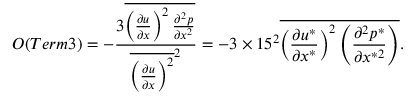
{ \cal O } ( T e r m 3 ) = - \frac { 3 \overline { { \left( \frac { \partial u } { \partial x } \right) ^ { 2 } \frac { \partial ^ { 2 } p } { \partial x ^ { 2 } } } } } { \overline { { \left( \frac { \partial u } { \partial x } \right) ^ { 2 } } } ^ { 2 } } = - 3 \times 1 5 ^ { 2 } \overline { { \left( \frac { \partial u ^ { * } } { \partial x ^ { * } } \right) ^ { 2 } \left( \frac { \partial ^ { 2 } p ^ { * } } { \partial x ^ { * 2 } } \right) } } .